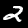
Label: 2